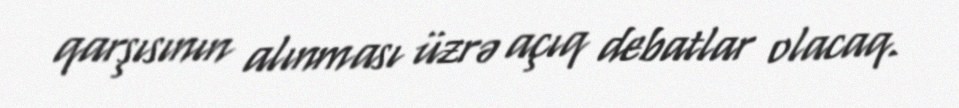
qarşısının alınması üzrə açıq debatlar olacaq.